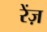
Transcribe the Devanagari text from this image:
रेंज़